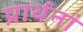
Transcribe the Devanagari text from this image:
प्रार्थनां